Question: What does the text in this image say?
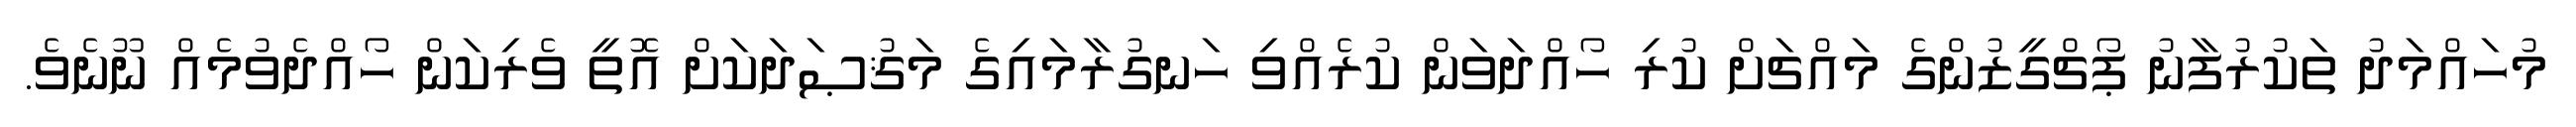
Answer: މުހައްމަދު ތަކުރުފާނު ޕޯޗްގީޒުންގެ މައްޗަށް ކުރި ހޯއްދަވަން ކުރެއްވި ހަނގުރާމައިގެ މަޤުޞަދަކަށް އޮތީ ވެރިކަން ހޯއްދެވުމެއް ނޫނެވެ.